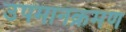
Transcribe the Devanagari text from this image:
उपमानक्रमण